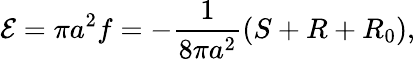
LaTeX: {\cal E}=\pi a^{2}f=-{\frac{1}{8\pi a^{2}}}(S+R+R_{0}),